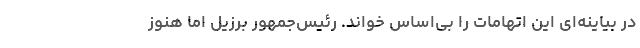
در بیاینه‌ای این اتهامات را بی‌اساس خواند. رئیس‌جمهور برزیل اما هنوز